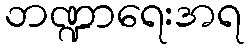
ဘဏ္ဍာရေးအရ